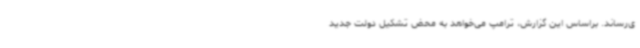
ی‌رساند. براساس این گزارش، ترامپ می‌خواهد به محض تشکیل دولت جدید